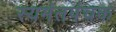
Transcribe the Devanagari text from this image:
स्यमंतपंचक